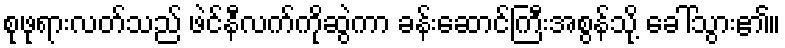
စုဖုရားလတ်သည် ဖဲင်နီလက်ကိုဆွဲကာ ခန်းဆောင်ကြီးအစွန်သို့ ခေါ်သွား၏။